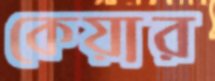
কেয়ার